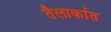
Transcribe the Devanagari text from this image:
तैलार्कात